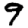
Digit: 9